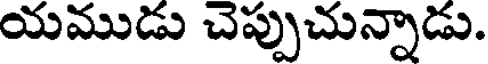
యముడు చెప్పుచున్నాడు.